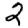
Digit: 2